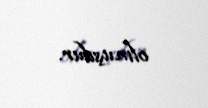
olmuşdur.